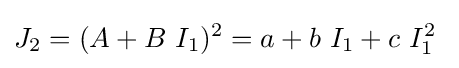
J_{2}=(A+B~I_{1})^{2}=a+b~I_{1}+c~I_{1}^{2}~